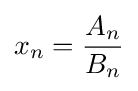
x_{n}={\frac {A_{n}}{B_{n}}}